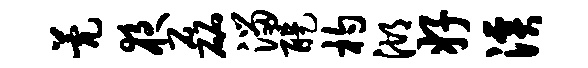
甍夜磊溜醍杓湖好溪